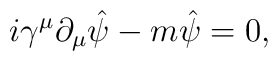
i\gamma^\mu \partial_\mu \hat{\psi} -m {\hat{\psi}}=0,